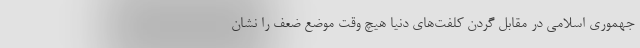
جهموری اسلامی در مقابل گردن کلفت‌های دنیا هیچ وقت موضع ضعف را نشان